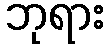
ဘုရား